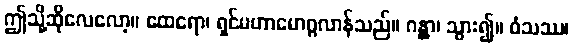
ဤသို့ဆိုလေလော့။ ထေရော၊ ရှင်မဟာမောဂ္ဂလာန်သည်။ ဂန္တွာ၊ သွား၍။ ဝံသဿ၊